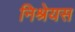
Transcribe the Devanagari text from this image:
निश्रेयस